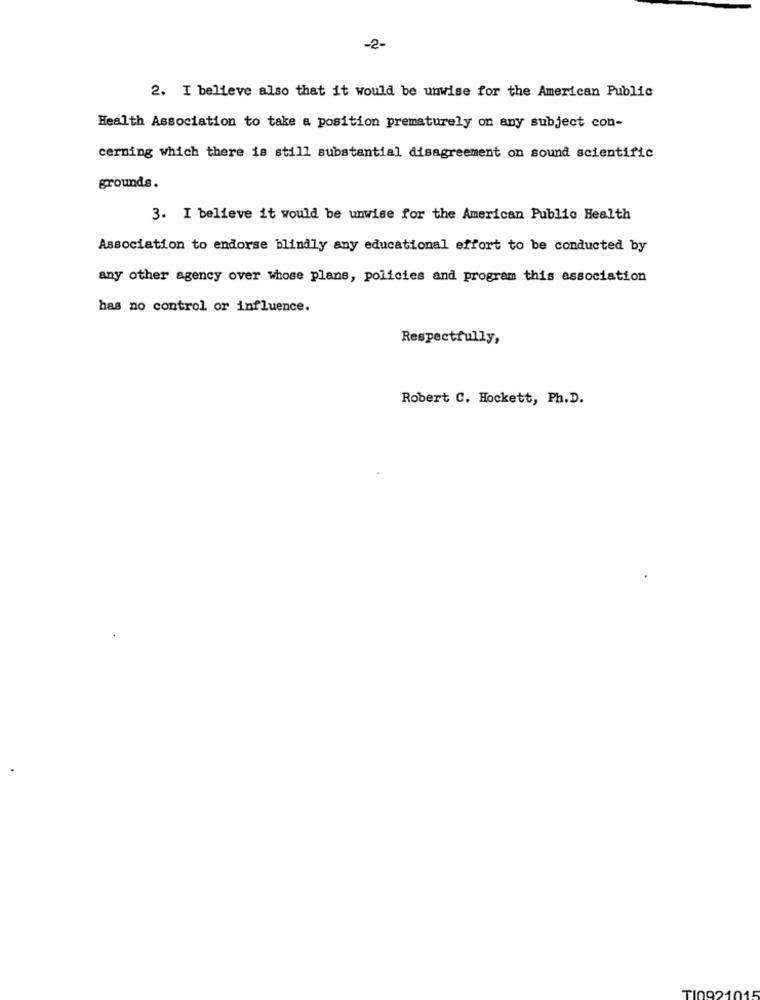
-2-
2. I believe also that it would be unwise for the American Public
Health Association to take a position prematurely on any subject con-
cerning which there is still substantial disagreement on sound scientific
grounds.
3. I believe it would be unwise for the American Public Health
Association to endorse blindly any educational effort to be conducted by
any other agency over whose plans, policies and program this association
has no control or influence.
Respectfully,
Robert C. Hockett, Ph.D.
TI0921